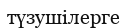
түзушілерге